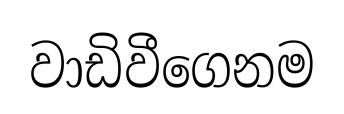
වාඩිවීගෙනම